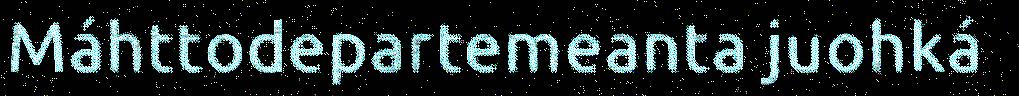
Máhttodepartemeanta juohká